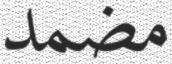
مضمد